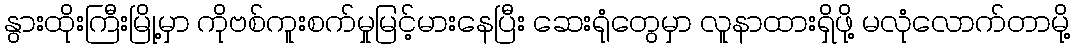
နွားထိုးကြီးမြို့မှာ ကိုဗစ်ကူးစက်မှုမြင့်မားနေပြီး ဆေးရုံတွေမှာ လူနာထားရှိဖို့ မလုံလောက်တာမို့